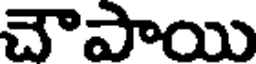
చౌపాయి